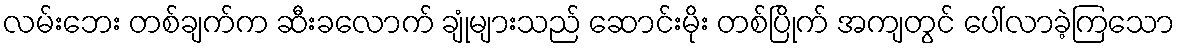
လမ်းဘေး တစ်ချက်က ဆီးခလောက် ချုံများသည် ဆောင်းမိုး တစ်ပြိုက် အကျတွင် ပေါ်လာခဲ့ကြသော